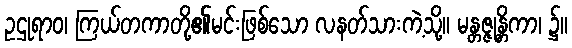
ဥဌုရာဝ၊ ကြယ်တကာတို့၏မင်းဖြစ်သော လနတ်သားကဲ့သို့။ မန္တဇ္ဇုန္တိကာ၊ ၌။